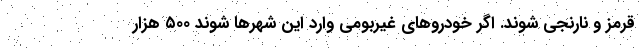
قرمز و نارنجی شوند. اگر خودروهای غیربومی وارد این شهرها شوند ۵۰۰ هزار